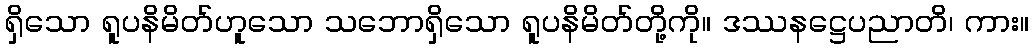
ရှိသော ရူပနိမိတ်ဟူသော သဘောရှိသော ရူပနိမိတ်တို့ကို။ ဒဿနဋ္ဌေပညာတိ၊ ကား။